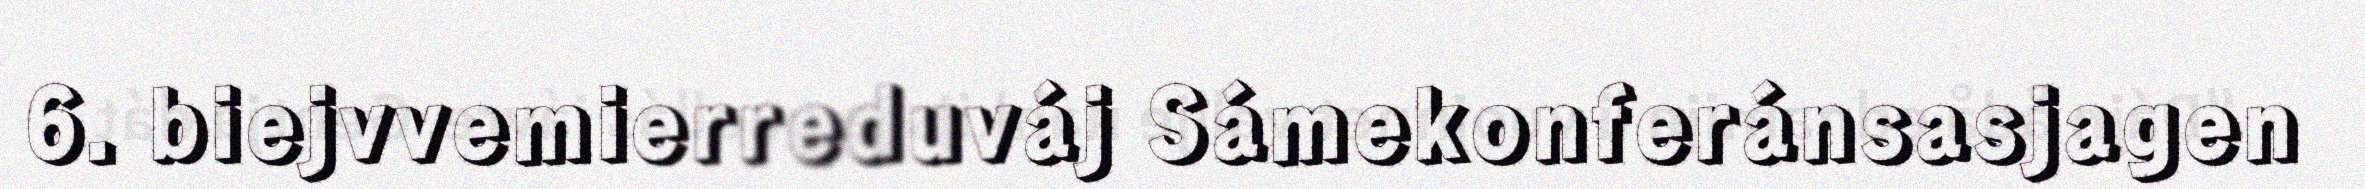
6. biejvvemierreduváj Sámekonferánsasjagen